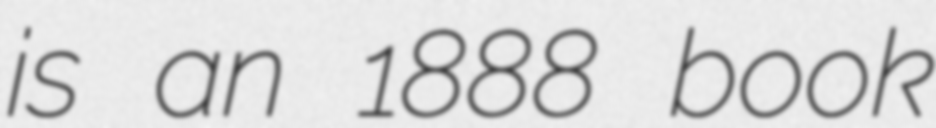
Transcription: is an 1888 book